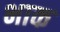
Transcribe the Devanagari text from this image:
भाक